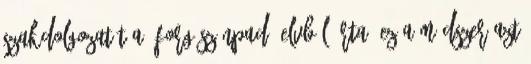
Szakdolgozatát a „forgószínpad” elvbôl írta. Ez a módszer azt